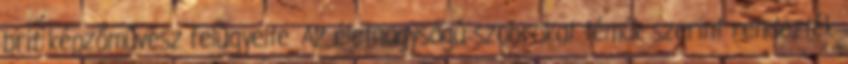
brit képzőművész felügyelte. Az életnagyságú szobrokat témák szerint rendezték